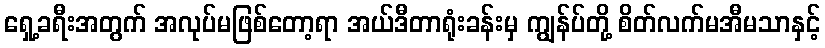
ရှေ့ခရီးအတွက် အလုပ်မဖြစ်တော့ရာ အယ်ဒီတာရုံးခန်းမှ ကျွန်ပ်တို့ စိတ်လက်မအီမသာနှင့်